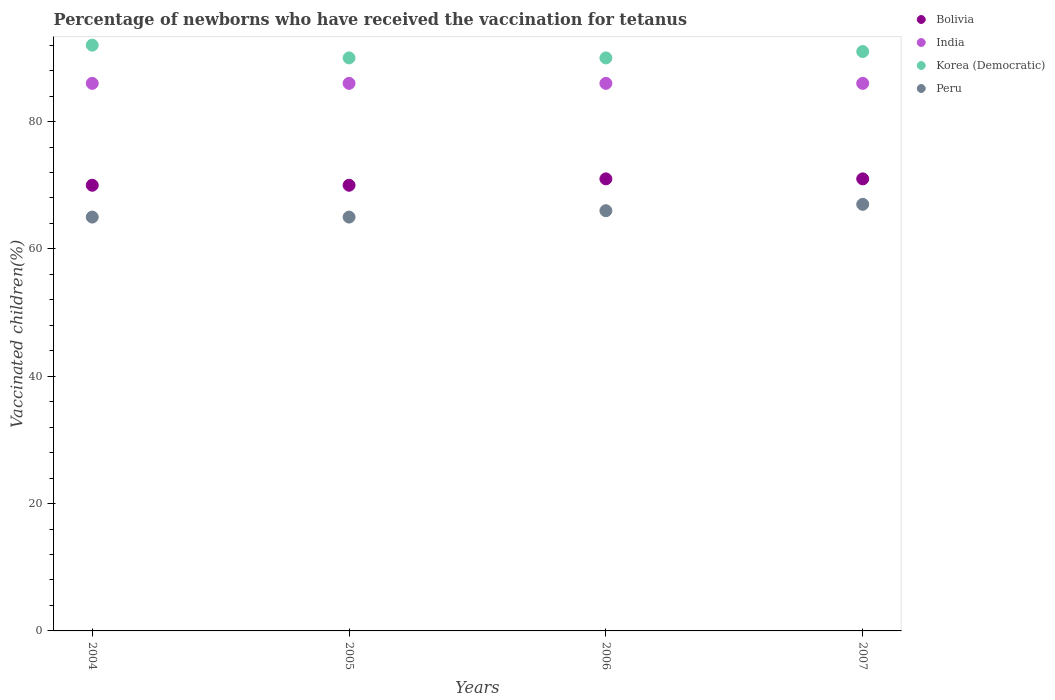
| Years | Bolivia | India | Korea (Democratic) | Peru |
 | --- | --- | --- | --- | --- |
 | 2004 | 70 | 86 | 92 | 65 |
 | 2005 | 70 | 86 | 90 | 65 |
 | 2006 | 71 | 86 | 90 | 66 |
 | 2007 | 71 | 86 | 91 | 67 |